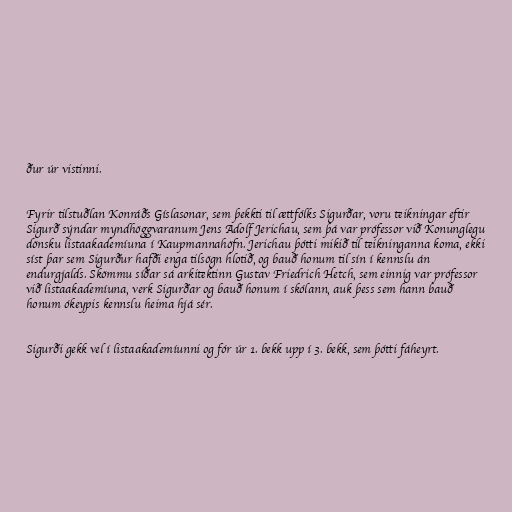
ður úr vistinni.

Fyrir tilstuðlan Konráðs Gíslasonar, sem þekkti til ættfólks Sigurðar, voru teikningar eftir
Sigurð sýndar myndhöggvaranum Jens Adolf Jerichau, sem þá var prófessor við Konunglegu
dönsku listaakademíuna í Kaupmannahöfn. Jerichau þótti mikið til teikninganna koma, ekki
síst þar sem Sigurður hafði enga tilsögn hlotið, og bauð honum til sín í kennslu án
endurgjalds. Skömmu síðar sá arkitektinn Gustav Friedrich Hetch, sem einnig var prófessor
við listaakademíuna, verk Sigurðar og bauð honum í skólann, auk þess sem hann bauð
honum ókeypis kennslu heima hjá sér.

Sigurði gekk vel í listaakademíunni og fór úr 1. bekk upp í 3. bekk, sem þótti fáheyrt.